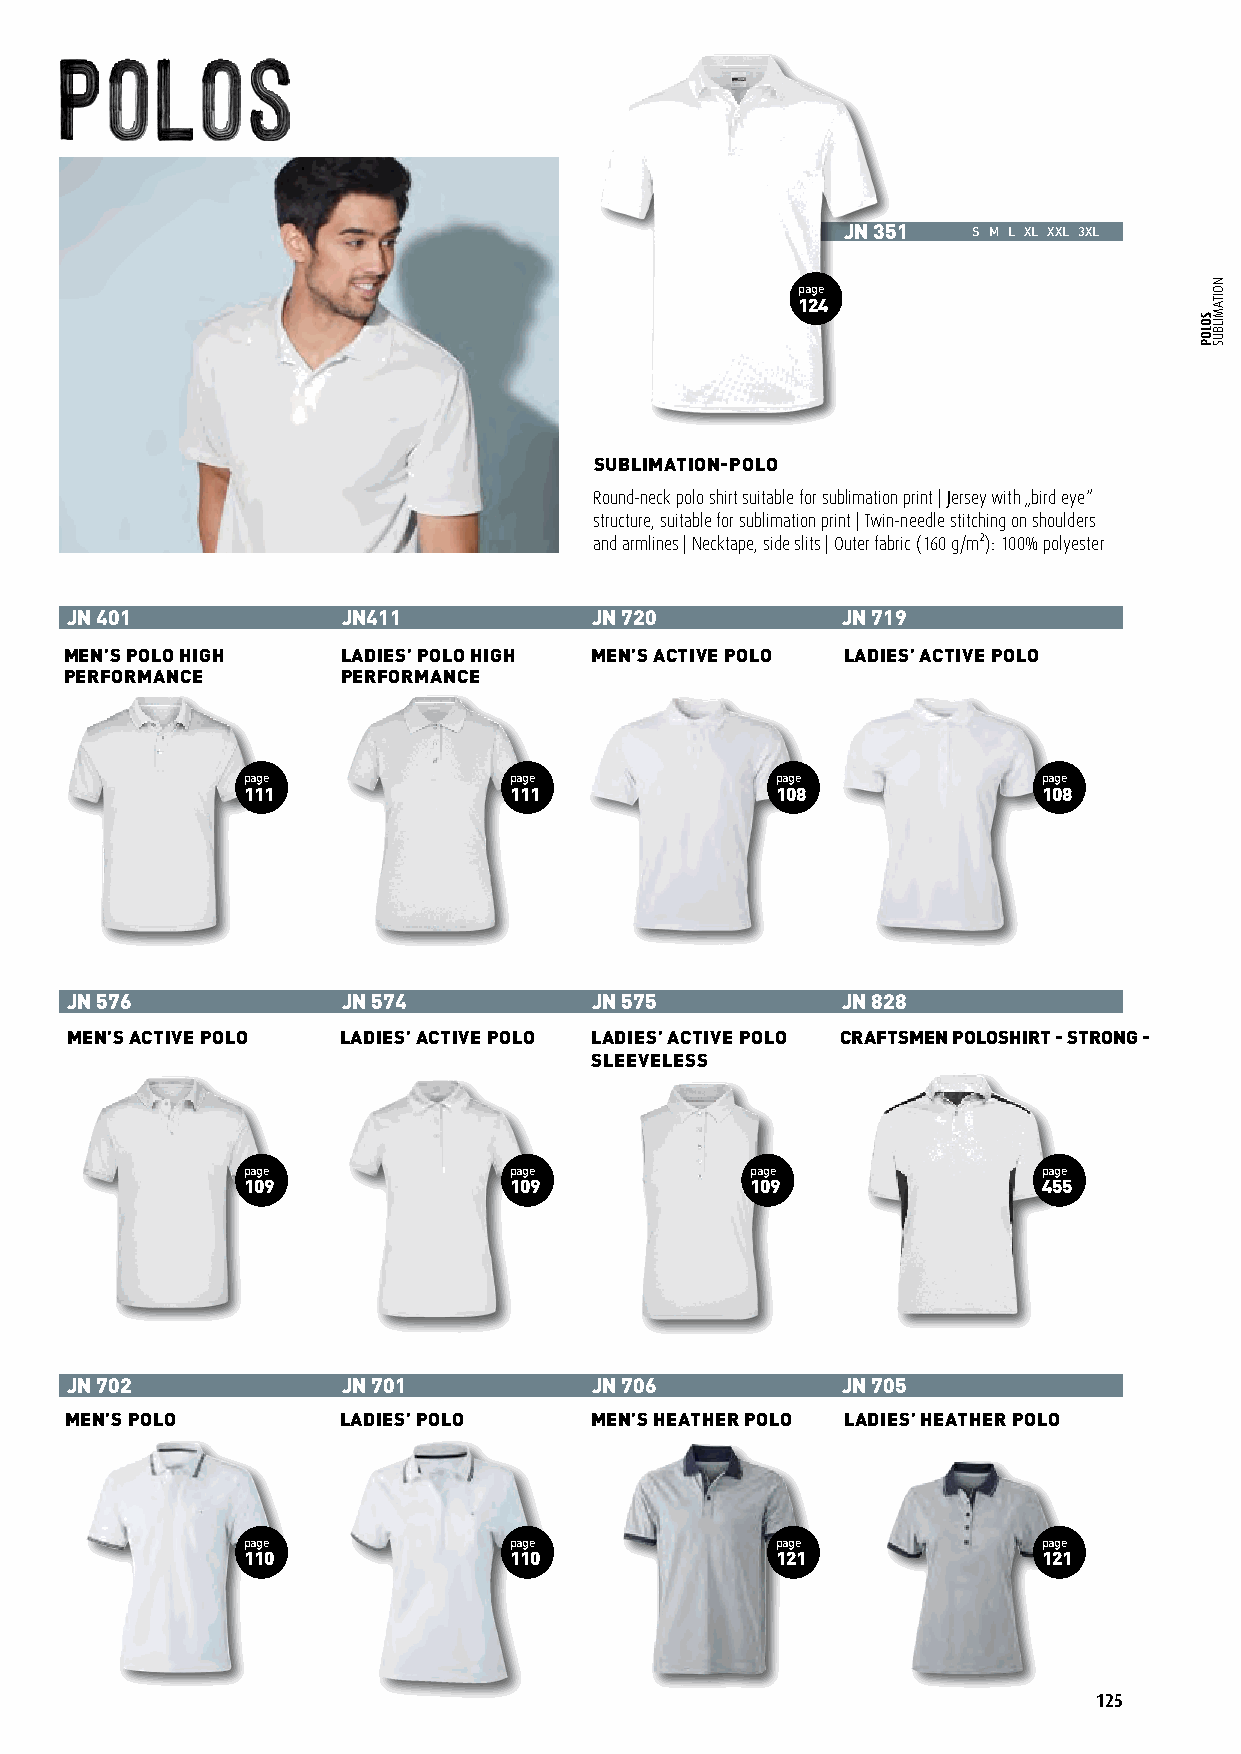
JN 351  S M L XL XXL 3XL
 page
 124
 SUBLIMATION-POLO
 Round-neck polo shirt suitable for sublimation print | Jersey with „bird eye“
 structure, suitable for sublimation print | Twin-needle stitching on shoulders
 and armlines | Necktape, side slits | Outer fabric (160 g/m²): 100% polyester
 JN 401             JN411           JN 720           JN 719
 MEN’S POLO HIGH    LADIES’ POLO HIGH MEN’S ACTIVE POLO LADIES’ ACTIVE POLO
 PERFORMANCE        PERFORMANCE
 page              page             page              page
 111               111              108               108
 JN 576             JN 574          JN 575           JN 828
 MEN’S ACTIVE POLO LADIES’ ACTIVE POLO LADIES’ ACTIVE POLO CRAFTSMEN POLOSHIRT - STRONG -
 SLEEVELESS
 page              page            page               page
 THERMO SUBLIMATION FOR GREAT PRINTS! 109 109      109                455
 Sublimation prints are an amazing way to create bright, long lasting JN 751 JN 752 JN 702 JN 701 JN 706 JN 705
 colours with photo realistic qualities. Sublimation ink, when heated,
 LADIES´SLUB POLO MEN´S SLUB POLO MEN’S POLO LADIES’ POLO MEN’S HEATHER POLO LADIES’ HEATHER POLO
 turns into a gas that penetrates and permanently dyes polyester
 fabric, creating a clean, professional look with a soft touch.
 Start-up costs are minimal as processing is performed by an ink jet
 printer using heat transfer paper. The resulting print is in mirror image page page page page page page
 107 107         110               110              121               121
 and is transferred onto the garment by using a heat press at a speci-
 fied temperature and pressure. This is a low cost operation suitable for
 one-offs or production series.
 125
 SOLOP
 NOITAMILBUS